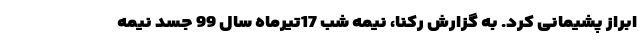
ابراز پشیمانی کرد. به گزارش رکنا، نیمه شب 17تیرماه سال 99 جسد نیمه